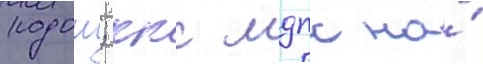
кодош; ккс мдпс на́